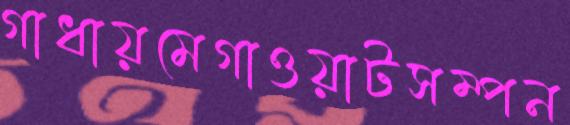
গাধায়মেগাওয়াটসম্পন